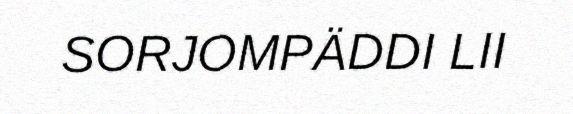
SORJOMPÄDDI LII